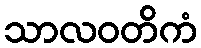
သာလဝတိကံ